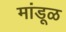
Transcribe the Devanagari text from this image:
मांडूळ